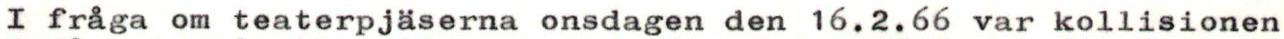
I fråga om teaterpjäserna onsdagen den 16.2.66 var kollisionen